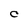
Character: C